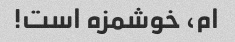
ام، خوشمزه است!